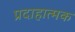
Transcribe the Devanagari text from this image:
प्रदाहात्मक